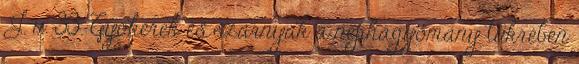
J. u. 33. Gyökerek és szárnyak a néphagyomány tükrében